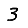
Digit: 3